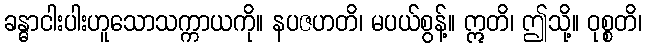
ခန္ဓာငါးပါးဟူသောသက္ကာယကို။ နပဇဟတိ၊ မပယ်စွန့်။ ဣတိ၊ ဤသို့။ ဝုစ္စတိ၊